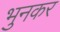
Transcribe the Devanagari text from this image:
भुनकर